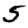
Digit: 5